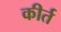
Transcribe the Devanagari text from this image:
कीर्त